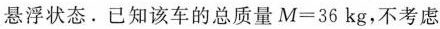
悬浮状态。已知该车的总质量$$M=36kg$$，不考虑